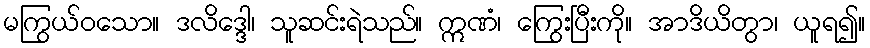
မကြွယ်ဝသော။ ဒလိဒ္ဒေါ၊ သူဆင်းရဲသည်။ ဣဏံ၊ ကြွေးပြီးကို။ အာဒိယိတွာ၊ ယူရ၍။